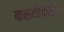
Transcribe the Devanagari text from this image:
करूणेपोटी